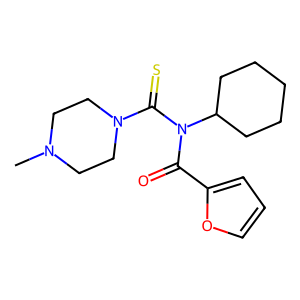
SMILES: CN1CCN(C(=S)N(C(=O)c2ccco2)C2CCCCC2)CC1
Inhibits HIV replication: No